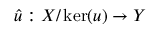
{ \hat { u } } : X / \ker ( u ) \to Y